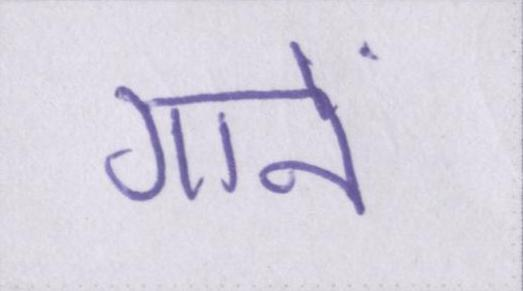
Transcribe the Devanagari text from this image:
गानें